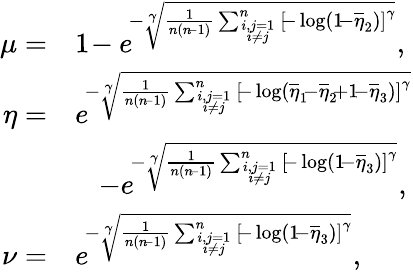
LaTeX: \begin{array}{rl}{\mu=}&{1\! -e^{\! -\sqrt[\gamma]{\frac{1}{n(n\! -1)}\sum_{i,j=1\atop i\neq j}^{n}\left[\! -\log\left(1\! -\overline{{\eta}}_{2}\right)\right]^{\gamma}}},}\\ {\eta=}&{e^{\! -\sqrt[\gamma]{\frac{1}{n(n\! -1)}\sum_{i,j=1\atop i\neq j}^{n}\left[\! -\log\left(\overline{{\eta}}_{1}\! -\overline{{\eta}}_{2}\! +1\! -\overline{{\eta}}_{3}\right)\right]^{\gamma}}}}\\ &{\quad\! -e^{\! -\sqrt[\gamma]{\frac{1}{n(n\! -1)}\sum_{i,j=1\atop i\neq j}^{n}\left[\! -\log\left(1\! -\overline{{\eta}}_{3}\right)\right]^{\gamma}}},}\\ {\nu=}&{e^{\! -\sqrt[\gamma]{\frac{1}{n(n\! -1)}\sum_{i,j=1\atop i\neq j}^{n}\left[\! -\log\left(1\! -\overline{{\eta}}_{3}\right)\right]^{\gamma}}},}\end{array}